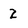
Character: 2